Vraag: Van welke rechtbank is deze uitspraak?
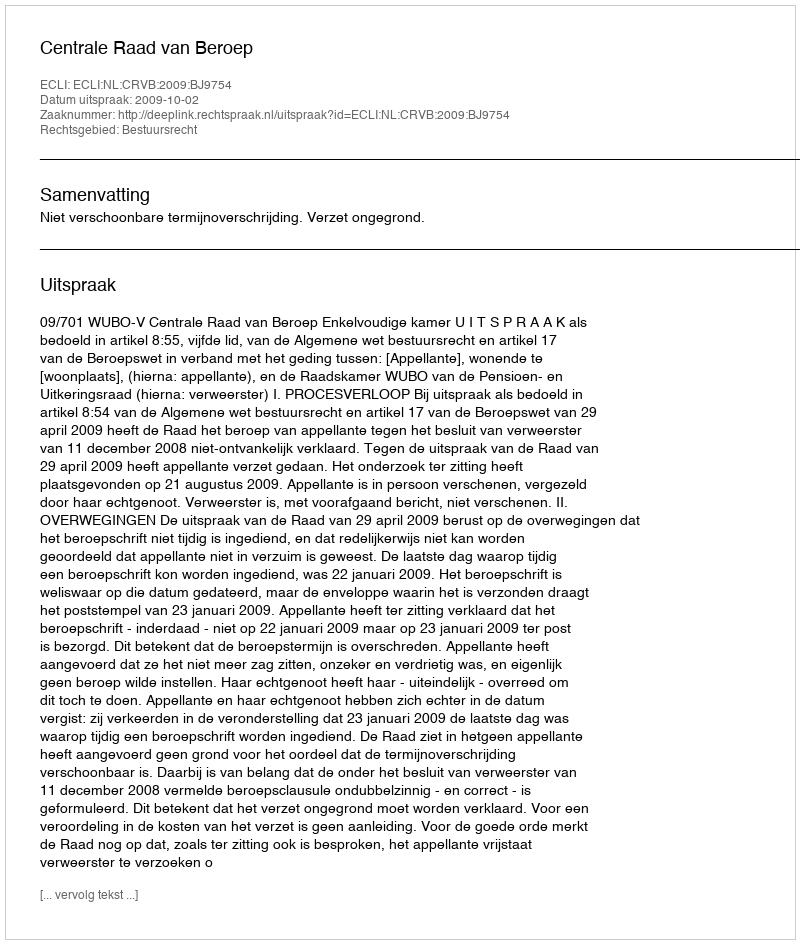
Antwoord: Centrale Raad van Beroep